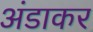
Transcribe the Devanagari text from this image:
अंडाकर